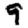
Digit: 9